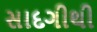
સાદગીથી